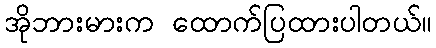
အိုဘားမားက ထောက်ပြထားပါတယ်။